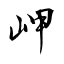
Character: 岬